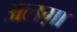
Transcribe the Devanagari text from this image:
अलग़ा